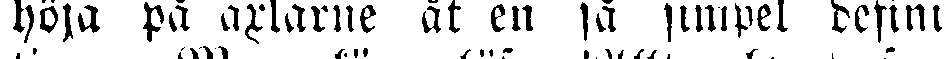
höja på axlarne åt en så simpel defini-